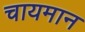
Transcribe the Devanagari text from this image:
चायमान